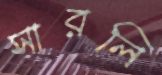
সারলি